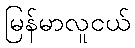
မြန်မာလူငယ်